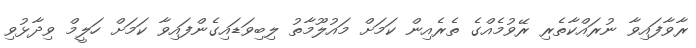
ރާވާފައިވާ ނުރައްކާތެރި ރޭވުމެއްގެ ތެރެއިން ކަމަށް މައުލޫމާތު ލިބިވަޑައިގެންފައިވާ ކަމަށް ހަލީމް ވިދާޅުވި